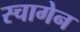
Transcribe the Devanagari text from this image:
स्चागेन